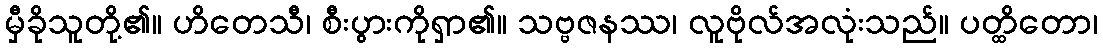
မှီခိုသူတို့၏။ ဟိတေသီ၊ စီးပွားကိုရှာ၏။ သဗ္ဗဇနဿ၊ လူဗိုလ်အလုံးသည်။ ပတ္ထိတော၊